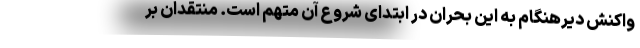
واکنش دیرهنگام به این بحران در ابتدای شروع آن متهم است. منتقدان بر